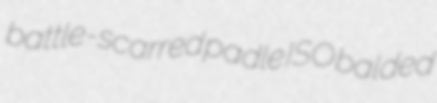
battle-scarred padle ISO balded